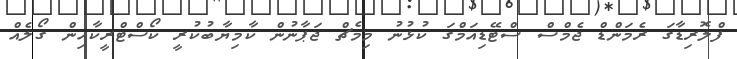
ފްލޮރިޑާގަ ރެމަންޑް ޖެމްސް ސްޓޭޑިއަމްގަ ކުޅުނު މިމެޗް ޖަޕާނުން ކާމިޔާބުކުރީ ކޯސްޓްރީކާއިން ގޯލެއް